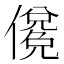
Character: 𰂼